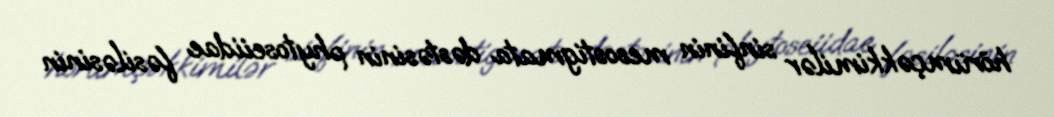
hörümçəkkimilər sinfinin mesostigmata dəstəsinin phytoseiidae fəsiləsinin